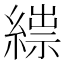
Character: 𦃒